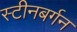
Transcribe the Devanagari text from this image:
स्टीनबर्गन